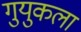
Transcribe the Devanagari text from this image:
गुयुकला